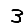
Digit: 3